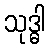
သုဒ္ဓါ